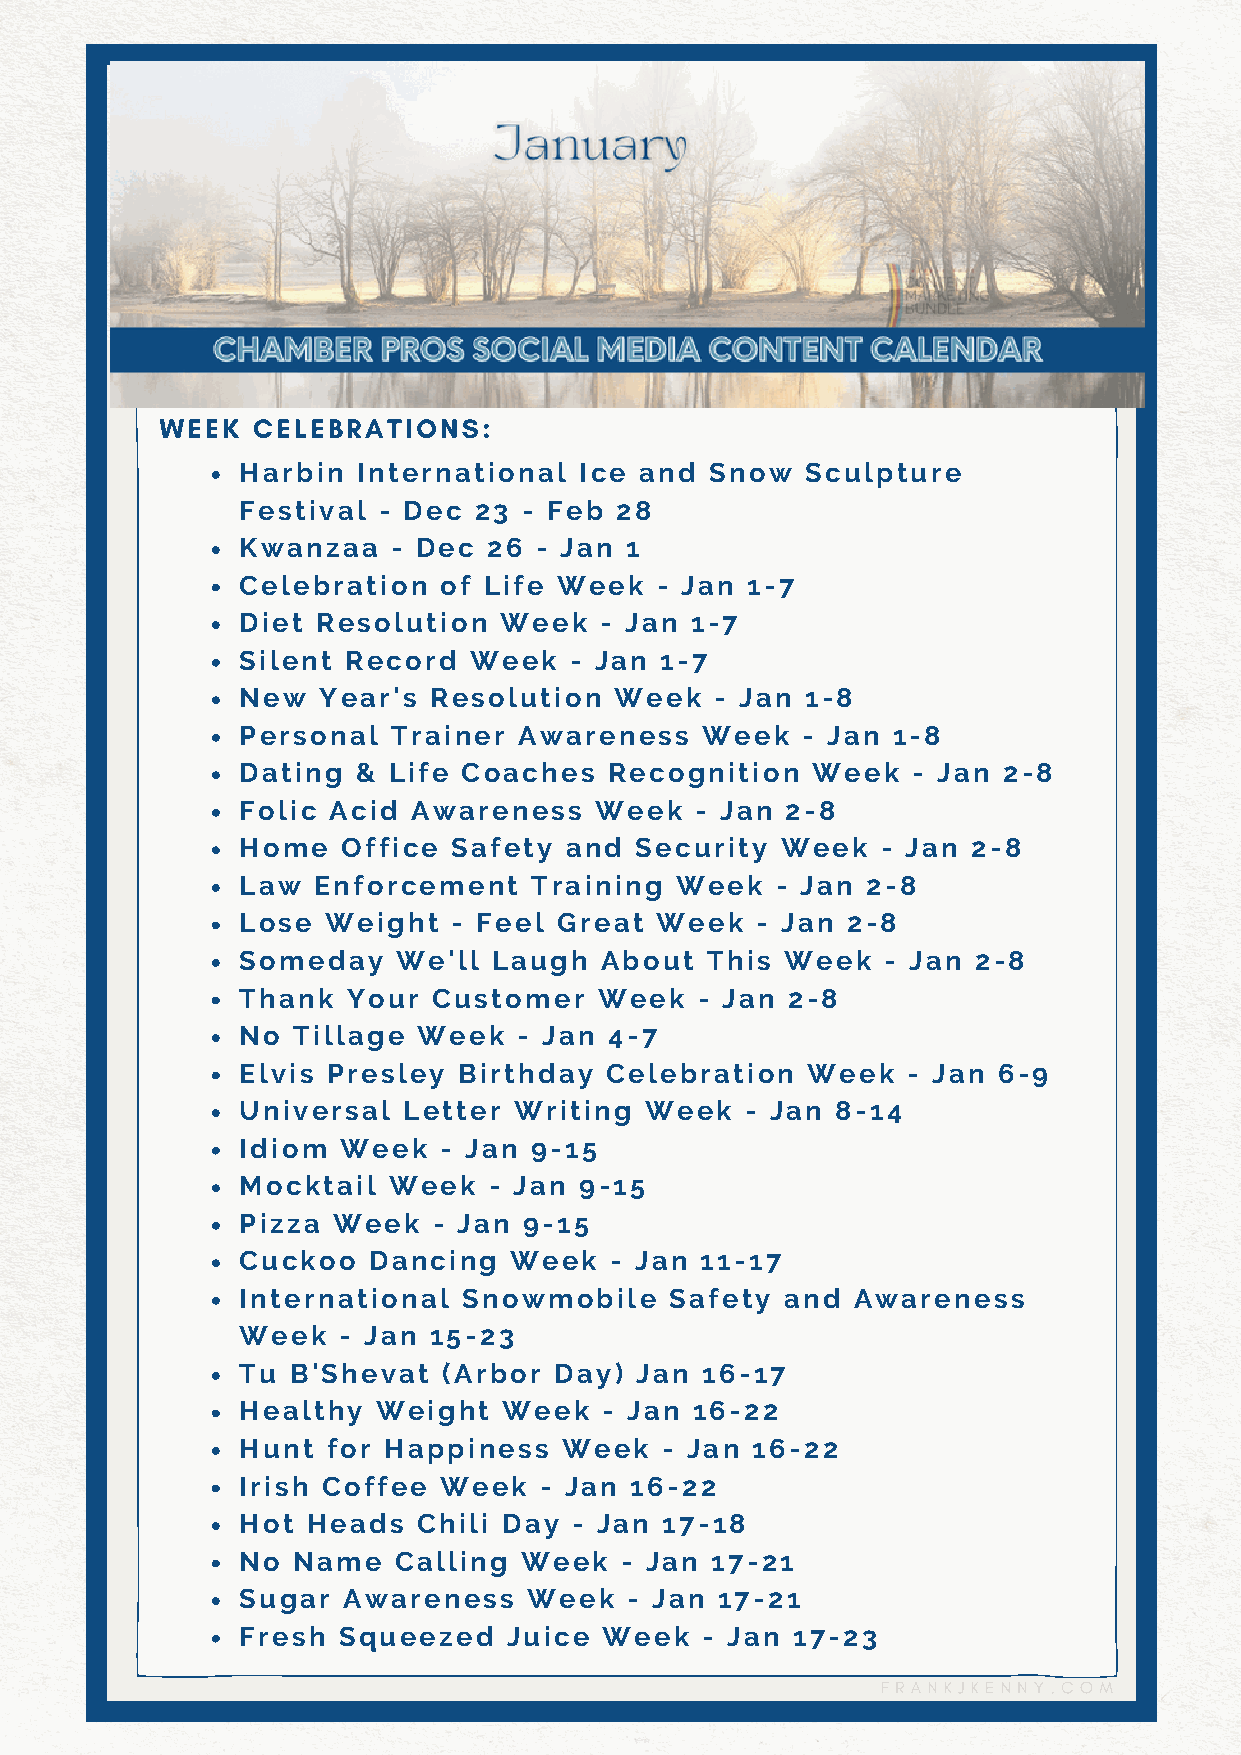
WEEK  CELEBRATIONS:
 Harbin  International Ice and  Snow  Sculpture
 Festival - Dec 23  - Feb 28
 Kwanzaa   - Dec 26 - Jan 1
 Celebration  of Life Week  - Jan 1-7
 Diet Resolution  Week   - Jan 1-7
 Silent Record  Week   - Jan 1-7
 New  Year's Resolution   Week  - Jan 1-8
 Personal  Trainer Awareness   Week   - Jan 1-8
 Dating  & Life Coaches  Recognition   Week  - Jan 2-8
 Folic Acid Awareness   Week   - Jan 2-8
 Home   Office Safety and  Security  Week  - Jan 2-8
 Law  Enforcement   Training  Week  - Jan 2-8
 Lose  Weight  - Feel Great Week   - Jan 2-8
 Someday   We'll  Laugh  About  This Week   - Jan 2-8
 Thank  Your  Customer   Week  - Jan 2-8
 No Tillage  Week  - Jan 4-7
 Elvis Presley Birthday  Celebration  Week   - Jan 6-9
 Universal  Letter Writing  Week  - Jan 8-14
 Idiom  Week  - Jan 9-15
 Mocktail  Week  - Jan 9-15
 Pizza Week   - Jan 9-15
 Cuckoo  Dancing   Week  - Jan 11-17
 International  Snowmobile   Safety  and Awareness
 Week  - Jan 15-23
 Tu B'Shevat  (Arbor  Day) Jan 16-17
 Healthy  Weight  Week   - Jan 16-22
 Hunt  for Happiness  Week   - Jan 16-22
 Irish Coffee Week   - Jan 16-22
 Hot Heads   Chili Day - Jan 17-18
 No Name   Calling Week   - Jan 17-21
 Sugar  Awareness   Week   - Jan 17-21
 Fresh Squeezed    Juice Week  - Jan 17-23
 FRANKJKENNY.COM